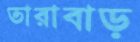
তারাবাড়